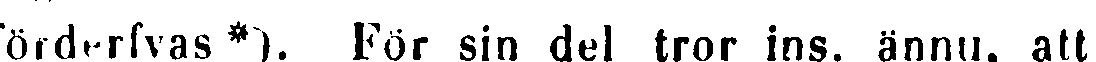
örderfvas*). För sin del tror ins. ännu, att